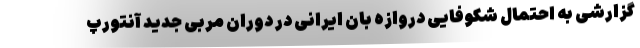
گزارشی به احتمال شکوفایی دروازه بان ایرانی در دوران مربی جدید آنتورپ